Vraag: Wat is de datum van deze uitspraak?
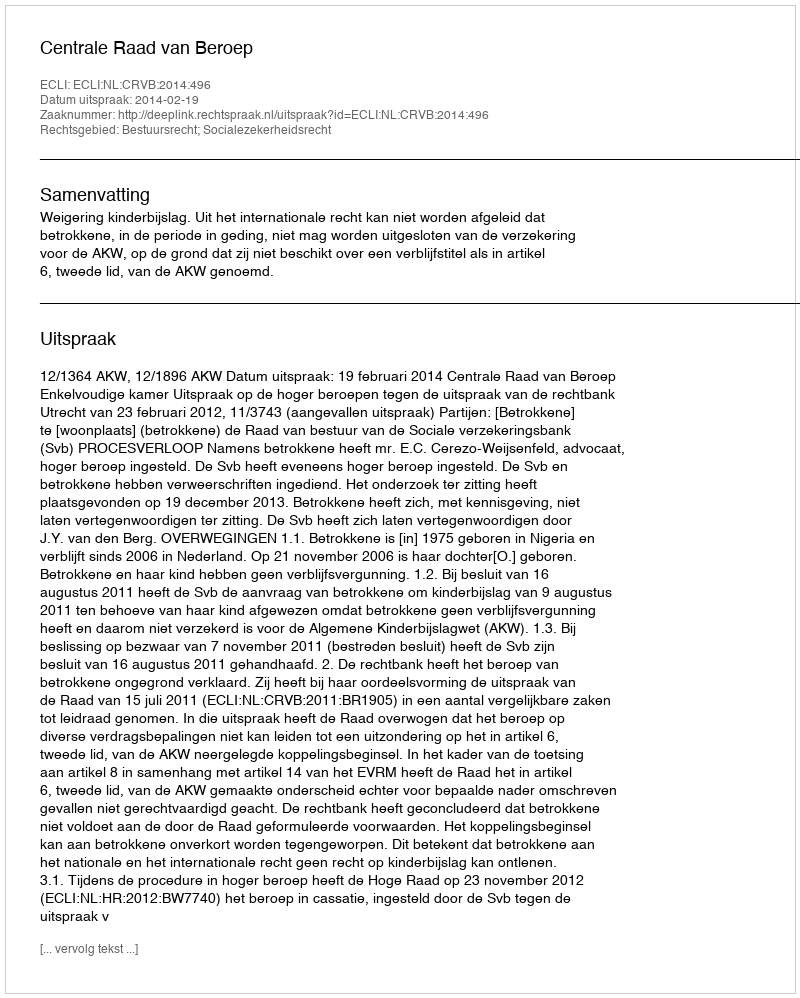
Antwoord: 2014-02-19